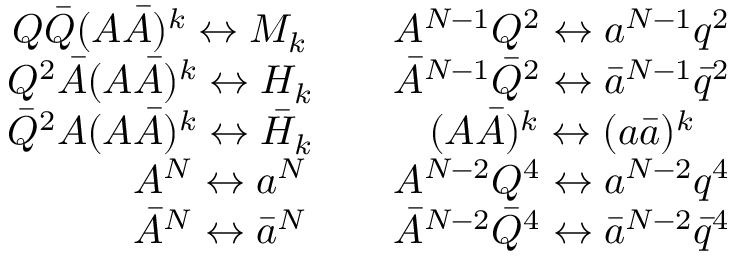
\begin{array} { c c } { { Q \bar { Q } ( A \bar { A } ) ^ { k } \leftrightarrow M _ { k } \quad } } & { { A ^ { N - 1 } Q ^ { 2 } \leftrightarrow a ^ { N - 1 } q ^ { 2 } } } \\ { { Q ^ { 2 } \bar { A } ( A \bar { A } ) ^ { k } \leftrightarrow H _ { k } \quad } } & { { \bar { A } ^ { N - 1 } \bar { Q } ^ { 2 } \leftrightarrow \bar { a } ^ { N - 1 } \bar { q } ^ { 2 } } } \\ { { \bar { Q } ^ { 2 } { A } ( A \bar { A } ) ^ { k } \leftrightarrow \bar { H } _ { k } \quad } } & { { ( A \bar { A } ) ^ { k } \leftrightarrow ( a \bar { a } ) ^ { k } } } \\ { { \qquad A ^ { N } \leftrightarrow a ^ { N } } } & { { A ^ { N - 2 } Q ^ { 4 } \leftrightarrow a ^ { N - 2 } q ^ { 4 } } } \\ { { \qquad \bar { A } ^ { N } \leftrightarrow \bar { a } ^ { N } } } & { { \bar { A } ^ { N - 2 } \bar { Q } ^ { 4 } \leftrightarrow \bar { a } ^ { N - 2 } \bar { q } ^ { 4 } } } \end{array}